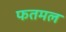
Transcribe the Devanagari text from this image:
फतमल